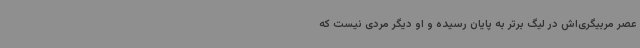
عصر مربیگری‌اش در لیگ برتر به پایان رسیده و او دیگر مردی نیست که